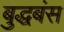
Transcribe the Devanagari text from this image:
बुद्धबंस